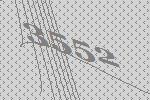
3552